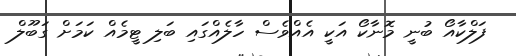
ފަލްކާއޯ ބުނީ މޮނާކޯ އަކީ އެއްވެސް ހާލެއްގައި ބަލި ޓީމެއް ކަަމަށް ގަބޫލް